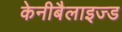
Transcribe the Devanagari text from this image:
केनीबैलाइज्ड